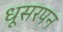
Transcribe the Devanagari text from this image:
धूसरपन